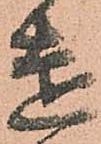
遠